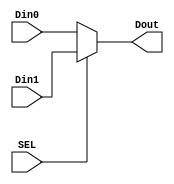
`timescale 1ns / 1ps

module MUX #(parameter WL = 32) (SEL, Din0, Din1, Dout);

input SEL;
input [WL-1:0] Din0, Din1;
output [WL-1:0] Dout;

assign Dout = SEL ? Din1 : Din0;

endmodule